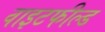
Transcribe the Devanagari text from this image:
वाइटफील्ड